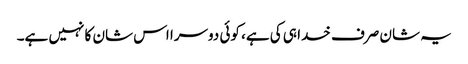
یہ شان صرف خدا ہی کی ہے، کوئی دوسرا اس شان کا نہیں ہے۔